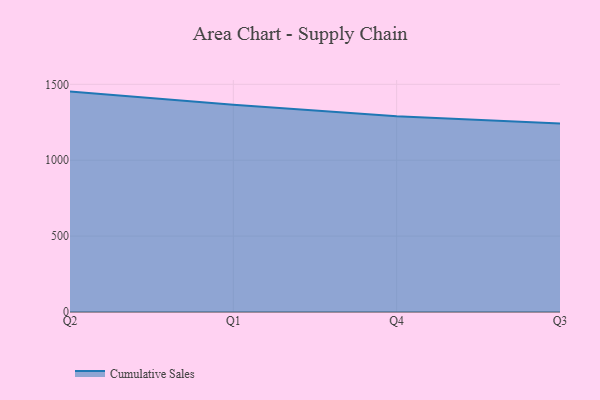
{"axis": {"x": "Quarter", "y": "Net Income (USD K)"}, "legend": ["Cumulative Sales"], "data": [{"x": "Q2", "y": 1451.9, "type": "Cumulative Sales"}, {"x": "Q1", "y": 1365.4, "type": "Cumulative Sales"}, {"x": "Q4", "y": 1289.6, "type": "Cumulative Sales"}, {"x": "Q3", "y": 1241.1, "type": "Cumulative Sales"}]}